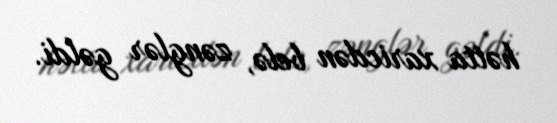
hətta xaricdən belə, zənglər gəldi.